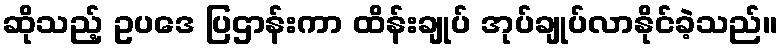
ဆိုသည့် ဥပဒေ ပြဌာန်းကာ ထိန်းချုပ် အုပ်ချုပ်လာနိုင်ခဲ့သည်။